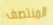
المنتصف